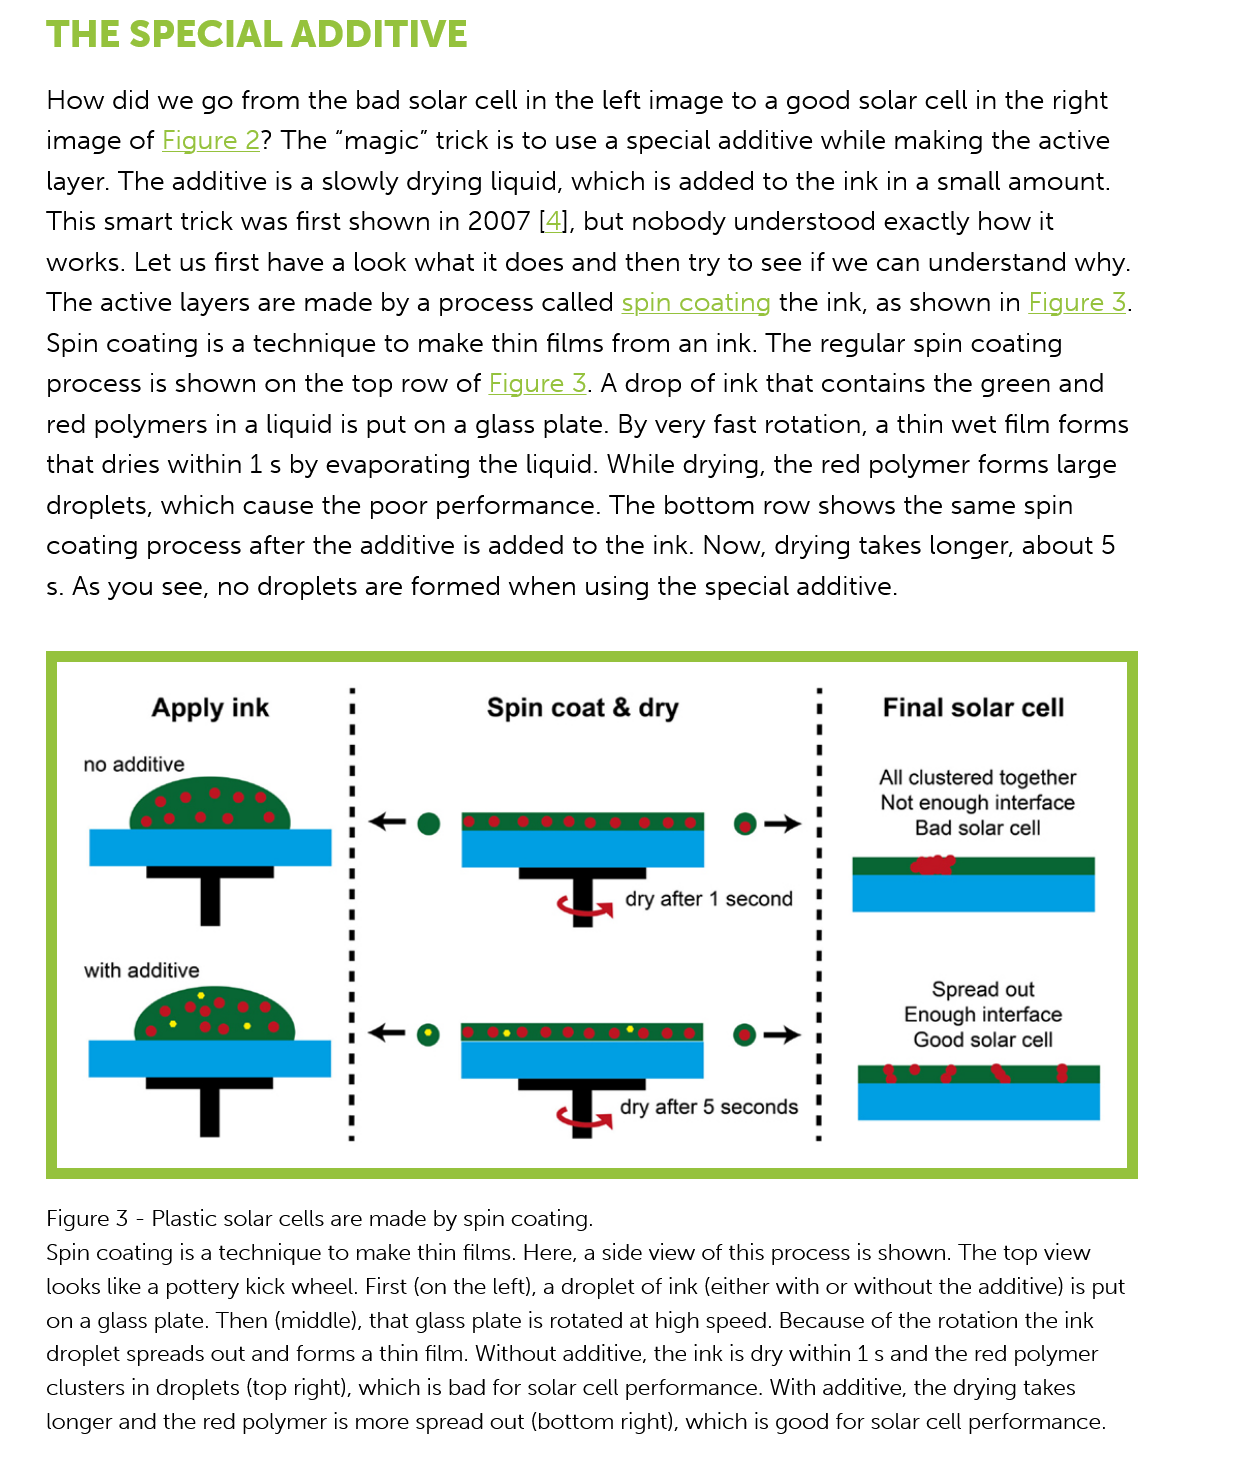
THE    SPECIAL    ADDITIVE
     How did  we  go  from the  bad solar cell in the left image to a good  solar cell in the right
     image  of Figure  2? The “magic” trick is to use a special additive while making  the active
     layer. The additive is a slowly drying liquid, which is added to the ink in a small amount.
     This smart trick was first shown  in 2007  [4], but nobody  understood   exactly how  it
     works. Let us first have a look what it does  and then try to see if we can  understand  why.
     The active layers are made   by a process  called spin coating  the ink, as shown in Figure
     3.
     Spin coating  is a technique to make thin  films from  an ink. The regular spin coating
     process  is shown  on the top  row of Figure
     3.
     A drop  of ink that contains the green  and
     red polymers in  a liquid is put on a glass plate. By very fast rotation, a thin wet film forms
     that dries within 1s by evaporating  the liquid. While drying, the red polymer  forms large
     droplets, which  cause  the poor  performance.   The  bottom  row  shows the   same spin
     coating process after  the additive is added  to the ink. Now, drying takes  longer, about  5
     s. As you see, no droplets are formed   when using   the special additive.
     Figure 3
     -
     Plastic solar cells are made by spin coating.
     Spin coating is a technique to make thin films. Here, a side view of this process is shown. The top view
     looks like a pottery kick wheel. First (on the left), a droplet of ink (either with or without the additive) is put
     ona glass plate. Then (middle), that glass plate is rotated at high speed. Because of the rotation the ink
     droplet spreads out and forms a thin film. Without additive, the ink is dry within 1s and the red polymer
     clusters in droplets (top right), which is bad for solar cell performance. With additive, the drying takes
     longer and the red polymer is more spread out (bottom right), which is good for solar cell performance.